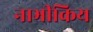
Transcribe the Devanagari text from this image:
नाभीकिय